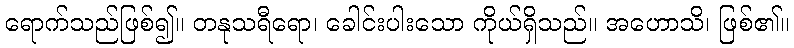
ရောက်သည်ဖြစ်၍။ တနုသရီရော၊ ခေါင်းပါးသော ကိုယ်ရှိသည်။ အဟောသိ၊ ဖြစ်၏။